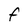
Character: f